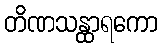
တိဏသန္ထာရကော